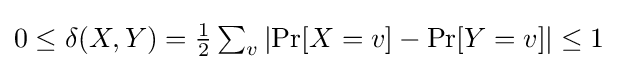
{\textstyle 0\leq \delta (X,Y)={\frac {1}{2}}\sum _{v}\left|\Pr[X=v]-\Pr[Y=v]\right|\leq 1}